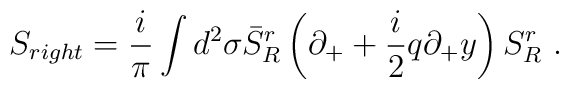
S_{right} = \frac i\pi\int d^2\sigma \bar{S}^r_R\left(\partial_++\frac i2q\partial_+y\right)S^r_R\ .